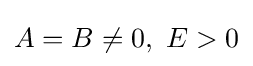
A=B\neq 0,\ E>0